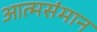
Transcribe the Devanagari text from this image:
आत्मसंमान